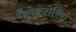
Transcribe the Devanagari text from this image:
गैलेक्टोरिया